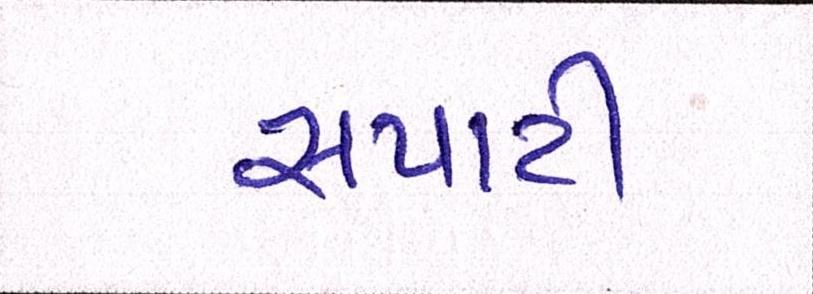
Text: સપાટી